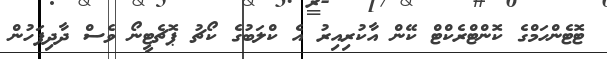
ޓޮޓެންހަމްގެ ކޮންޓްރެކްޓް ކޭން އާކުރިއިރު އެ ކްލަބުގެ ކޯޗު ޕޮޗެޓީނޯ ވެސް ދާދިފަހުން